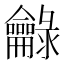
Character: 龣